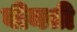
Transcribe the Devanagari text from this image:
वीनती